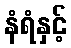
နံရံနှင့်